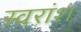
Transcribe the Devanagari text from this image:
स्वरांश